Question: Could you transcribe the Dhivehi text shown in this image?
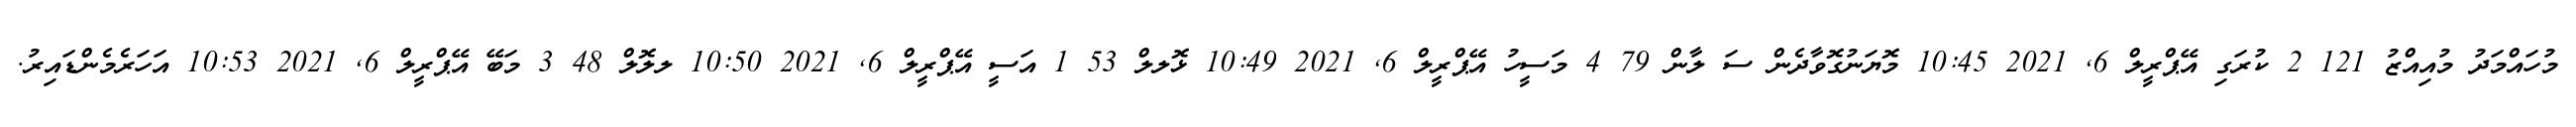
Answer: މުހައްމަދު މުއިއްޒު 121 2 ކުރަގި އޭޕްރީލް 6, 2021 10:45 މޮޔަނުގޮވާދެން ސަ ލާން 79 4 މަސީހު އޭޕްރީލް 6, 2021 10:49 ޅޮލލް 53 1 އަސީ އޭޕްރީލް 6, 2021 10:50 ލލޮލް 48 3 މަބޭ އޭޕްރީލް 6, 2021 10:53 އަހަރެމެންޑައިރު.